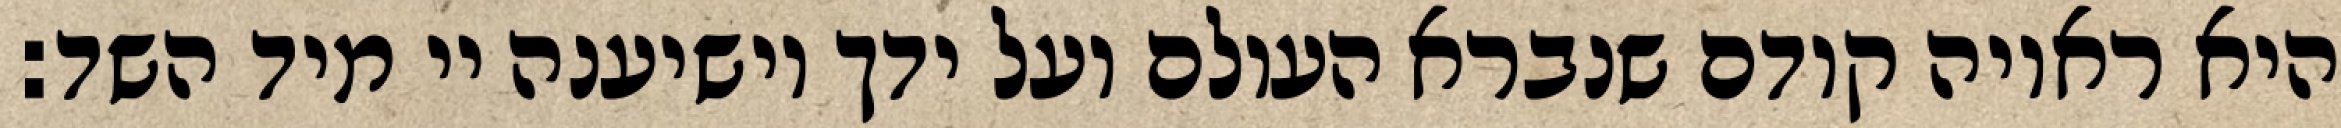
היא ראויה קודם שנברא העולם ועל ידך יושיענה יי מיד השד: